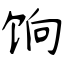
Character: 饷